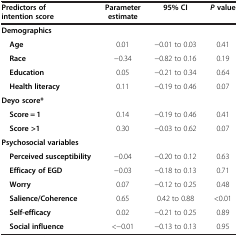
<table><thead><tr><td><b>Predictors of intention score</b></td><td><b>Parameter estimate</b></td><td><b>95% CI</b></td><td><b><i>P </i>value</b></td></tr></thead><tbody><tr><td><b>Demographics</b></td><td> </td><td> </td><td> </td></tr><tr><td><b> Age</b></td><td>0.01</td><td>-0.01 to 0.03</td><td>0.41</td></tr><tr><td><b> Race</b></td><td>-0.34</td><td>-0.82 to 0.16</td><td>0.19</td></tr><tr><td><b> Education</b></td><td>0.05</td><td>-0.21 to 0.34</td><td>0.64</td></tr><tr><td><b> Health literacy</b></td><td>0.11</td><td>-0.19 to 0.46</td><td>0.07</td></tr><tr><td><b>Deyo score*</b></td><td> </td><td> </td><td> </td></tr><tr><td><b> Score = 1</b></td><td>0.14</td><td>-0.19 to 0.46</td><td>0.41</td></tr><tr><td><b> Score &gt;1</b></td><td>0.30</td><td>-0.03 to 0.62</td><td>0.07</td></tr><tr><td><b>Psychosocial variables</b></td><td> </td><td> </td><td> </td></tr><tr><td><b> Perceived susceptibility</b></td><td>-0.04</td><td>-0.20 to 0.12</td><td>0.63</td></tr><tr><td><b> Efficacy of EGD</b></td><td>-0.03</td><td>-0.18 to 0.13</td><td>0.71</td></tr><tr><td><b> Worry</b></td><td>0.07</td><td>-0.12 to 0.25</td><td>0.48</td></tr><tr><td><b> Salience/Coherence</b></td><td>0.65</td><td>0.42 to 0.88</td><td>&lt;0.01</td></tr><tr><td><b> Self-efficacy</b></td><td>0.02</td><td>-0.21 to 0.25</td><td>0.89</td></tr><tr><td><b> Social influence</b></td><td>&lt;-0.01</td><td>-0.13 to 0.13</td><td>0.95</td></tr></tbody></table>